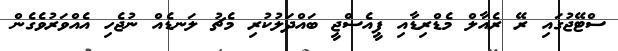
ސްޓޭޖުގައި ރޭ ރެއާލް މެޑްރިޑާއި ޕީއެސްޖީ ބައްދަލުކުރި މެޗު ލަނޑެއް ނުޖެހި އެއްވަރުވެގެން